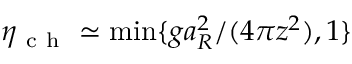
\eta _ { \mathrm { ~ c ~ h ~ } } \simeq \operatorname* { m i n } \{ g a _ { R } ^ { 2 } / ( 4 \pi z ^ { 2 } ) , 1 \}